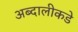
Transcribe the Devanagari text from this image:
अब्दालीकडे